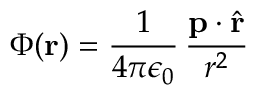
\Phi ( \mathbf { r } ) = { \frac { 1 } { 4 \pi \epsilon _ { 0 } } } \, { \frac { \mathbf { p } \cdot { \hat { \mathbf { r } } } } { r ^ { 2 } } }